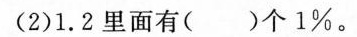
(2) 1.2里面有()个1% 。